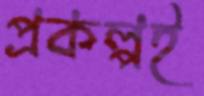
প্রকল্পই